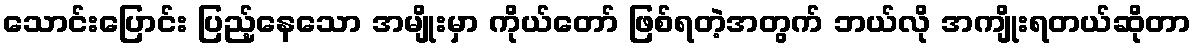
သောင်းပြောင်း ပြည့်နေသော အမျိုးမှာ ကိုယ်တော် ဖြစ်ရတဲ့အတွက် ဘယ်လို အကျိုးရတယ်ဆိုတာ